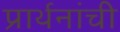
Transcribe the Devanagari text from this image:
प्रार्थनांची